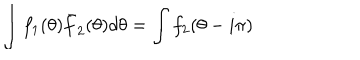
\int f _ { 1 } ( \theta ) \bar { f } _ { 2 } ( \theta ) d \theta = \int f _ { 2 } ( \theta - i \pi )